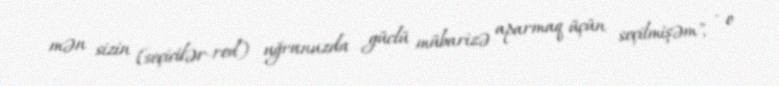
mən sizin (seçicilər-red) uğrunuzda güclü mübarizə aparmaq üçün seçilmişəm", - o